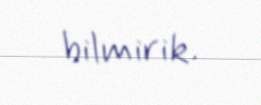
bilmirik.